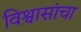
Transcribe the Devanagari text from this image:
विश्वासांचा